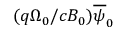
( q \Omega _ { 0 } / c B _ { 0 } ) \overline { { \psi } } _ { 0 }